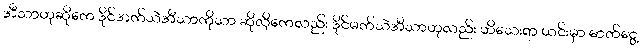
အီသာဟုဆိုကေ ဒိုင်အက်သဲအီသာကိုသာ ဆိုလိုကေလည်း ဒိုင်မက်သဲအီသာဟုလည်း ဟိသေးရာ ယင်းမှာ ဓာတ်ငွေ့